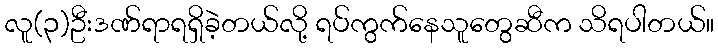
လူ(၃)ဦးဒဏ်ရာရရှိခဲ့တယ်လို့ ရပ်ကွက်နေသူတွေဆီက သိရပါတယ်။